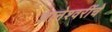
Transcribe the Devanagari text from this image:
ज्ञानेश्वरींचे